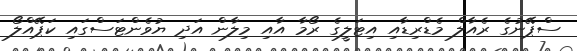
ސްޕޭނުގެ ރެއާލް މެޑްރިޑާއި އިޓަލީގެ ރޯމާ އާއި މިލާން އަދި ޔުވެންޓަސްގައި ކަޕޭއްލޯ